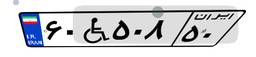
۶۰W۵۰۸۵۰